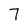
Character: 7